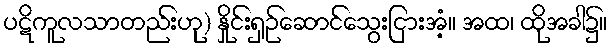
ပဋိကူလသာတည်းဟု) နှိုင်းရှဉ်ဆောင်သွေးငြားအံ့။ အထ၊ ထိုအခါ၌။